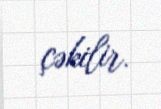
çəkilir.